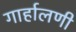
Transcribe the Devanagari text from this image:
गार्हालणी